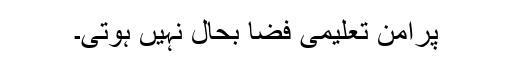
پرامن تعلیمی فضا بحال نہیں ہوتی۔